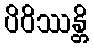
ပိဝိဿန္တိ